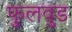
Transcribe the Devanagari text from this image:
फुलवुड